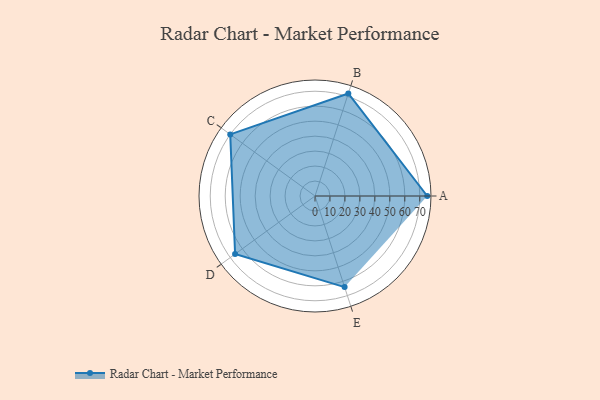
{"axis": {"x": "Skill", "y": "Score"}, "legend": ["Profile"], "data": [{"x": "A", "y": 75.0, "type": "Profile"}, {"x": "B", "y": 72.0, "type": "Profile"}, {"x": "C", "y": 70.0, "type": "Profile"}, {"x": "D", "y": 66.0, "type": "Profile"}, {"x": "E", "y": 64.0, "type": "Profile"}]}